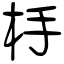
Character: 杽